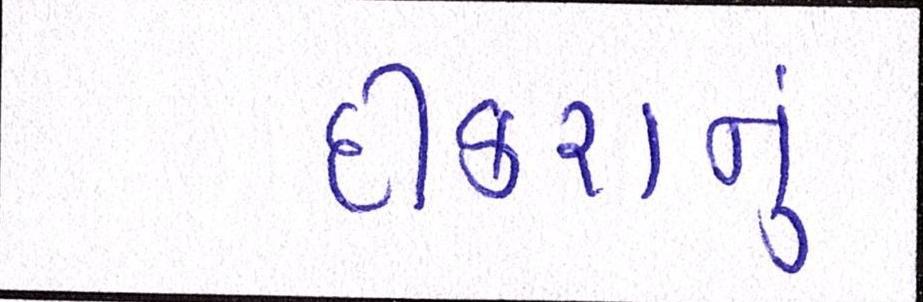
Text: દીકરાનું